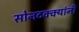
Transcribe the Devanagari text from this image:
सोनटक्क्यांनी